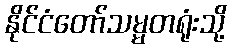
နိုင်ငံတော်သမ္မတရုံးသို့